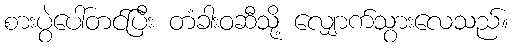
စားပွဲပေါ်တင်ပြီး တံခါးဝဆီသို့ လျှောက်သွားလေသည်။